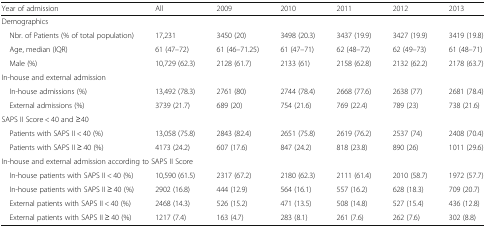
<table><thead><tr><td><b>Year of admission</b></td><td><b>All</b></td><td><b>2009</b></td><td><b>2010</b></td><td><b>2011</b></td><td><b>2012</b></td><td><b>2013</b></td></tr></thead><tbody><tr><td colspan="7">Demographics</td></tr><tr><td> Nbr. of Patients (% of total population)</td><td>17,231</td><td>3450 (20)</td><td>3498 (20.3)</td><td>3437 (19.9)</td><td>3427 (19.9)</td><td>3419 (19.8)</td></tr><tr><td> Age, median (IQR)</td><td>61 (47–72)</td><td>61 (46–71.25)</td><td>61 (47–71)</td><td>62 (48–72)</td><td>62 (49–73)</td><td>61 (48–71)</td></tr><tr><td> Male (%)</td><td>10,729 (62.3)</td><td>2128 (61.7)</td><td>2133 (61)</td><td>2158 (62.8)</td><td>2132 (62.2)</td><td>2178 (63.7)</td></tr><tr><td colspan="7">In-house and external admission</td></tr><tr><td> In-house admissions (%)</td><td>13,492 (78.3)</td><td>2761 (80)</td><td>2744 (78.4)</td><td>2668 (77.6)</td><td>2638 (77)</td><td>2681 (78.4)</td></tr><tr><td> External admissions (%)</td><td>3739 (21.7)</td><td>689 (20)</td><td>754 (21.6)</td><td>769 (22.4)</td><td>789 (23)</td><td>738 (21.6)</td></tr><tr><td colspan="7">SAPS II Score &lt; 40 and ≥40</td></tr><tr><td> Patients with SAPS II &lt; 40 (%)</td><td>13,058 (75.8)</td><td>2843 (82.4)</td><td>2651 (75.8)</td><td>2619 (76.2)</td><td>2537 (74)</td><td>2408 (70.4)</td></tr><tr><td> Patients with SAPS II ≥ 40 (%)</td><td>4173 (24.2)</td><td>607 (17.6)</td><td>847 (24.2)</td><td>818 (23.8)</td><td>890 (26)</td><td>1011 (29.6)</td></tr><tr><td colspan="7">In-house and external admission according to SAPS II Score</td></tr><tr><td> In-house patients with SAPS II &lt; 40 (%)</td><td>10,590 (61.5)</td><td>2317 (67.2)</td><td>2180 (62.3)</td><td>2111 (61.4)</td><td>2010 (58.7)</td><td>1972 (57.7)</td></tr><tr><td> In-house patients with SAPS II ≥ 40 (%)</td><td>2902 (16.8)</td><td>444 (12.9)</td><td>564 (16.1)</td><td>557 (16.2)</td><td>628 (18.3)</td><td>709 (20.7)</td></tr><tr><td> External patients with SAPS II &lt; 40 (%)</td><td>2468 (14.3)</td><td>526 (15.2)</td><td>471 (13.5)</td><td>508 (14.8)</td><td>527 (15.4)</td><td>436 (12.8)</td></tr><tr><td> External patients with SAPS II ≥ 40 (%)</td><td>1217 (7.4)</td><td>163 (4.7)</td><td>283 (8.1)</td><td>261 (7.6)</td><td>262 (7.6)</td><td>302 (8.8)</td></tr></tbody></table>